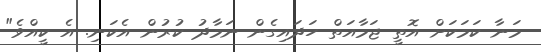
މަނާ ކަމަކަށް އޮތީ ޖަމާއަތް ހަަދައިގެން ނަމާދު ކުރުން އެކަނި. އެ ކީއްވެ"